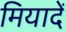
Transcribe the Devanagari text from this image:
मियादें